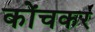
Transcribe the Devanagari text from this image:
कोंचकर